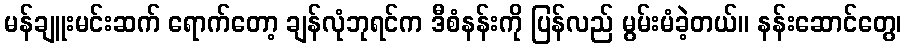
မန်ချူးမင်းဆက် ရောက်တော့ ချန်လုံဘုရင်က ဒီစံနန်းကို ပြန်လည် မွမ်းမံခဲ့တယ်။ နန်းဆောင်တွေ၊